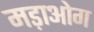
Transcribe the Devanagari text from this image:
मड़ाओग